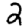
Digit: 2